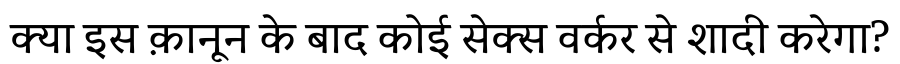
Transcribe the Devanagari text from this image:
क्या इस क़ानून के बाद कोई सेक्स वर्कर से शादी करेगा?